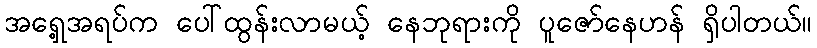
အရှေ့အရပ်က ပေါ်ထွန်းလာမယ့် နေဘုရားကို ပူဇော်နေဟန် ရှိပါတယ်။